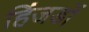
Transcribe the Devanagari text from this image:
हिंजडों